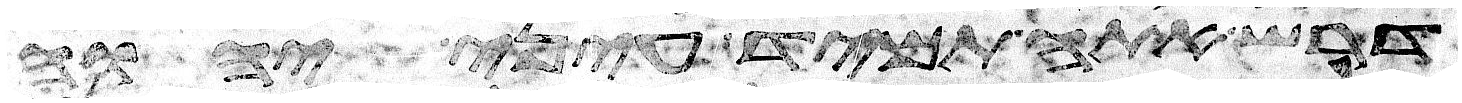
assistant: דרש אתה תמיד עיני יהוה